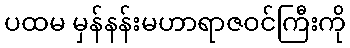
ပထမ မှန်နန်းမဟာရာဇဝင်ကြီးကို